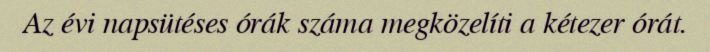
Az évi napsütéses órák száma megközelíti a kétezer órát.